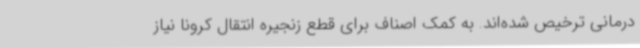
درمانی ترخیص شده‌اند. به کمک اصناف برای قطع زنجیره انتقال کرونا نیاز